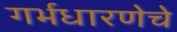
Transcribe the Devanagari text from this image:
गर्भधारणेचे